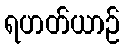
ရဟတ်ယာဉ်